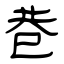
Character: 巷